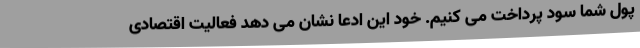
پول شما سود پرداخت می کنیم. خود این ادعا نشان می دهد فعالیت اقتصادی